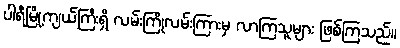
ပါရီမြို့ကျယ်ကြီးရှိ လမ်းကြိုလမ်းကြားမှ လာကြသူများ ဖြစ်ကြသည်။